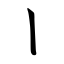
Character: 丨